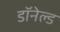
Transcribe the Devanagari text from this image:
डॉनेल्ड